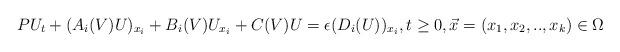
LaTeX: \begin{align*}P U_t + (A_i(V) U)_{x_i}+B_i(V)U_{x_i}+C(V)U= \epsilon (D_i(U))_{x_i}, t \geq 0, \vec x=(x_1,x_2,..,x_k) \in \Omega\end{align*}